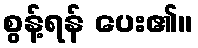
စွန့်ရန် ပေး၏။